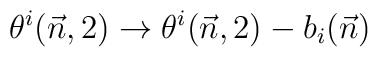
\theta^i(\vec n,2) \to \theta^i(\vec n,2) - b_i(\vec n)